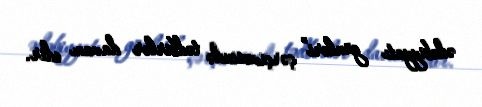
ədəbiyyatı günləri” çərçivəsində tədbirlər davam edir.